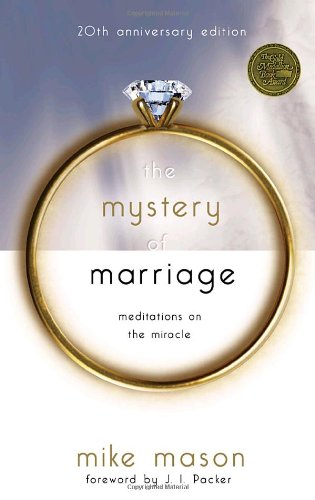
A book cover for The Mystery of Marriage 20th Anniversary Edition: Meditations on the Miracle; Mike Mason; Politics & Social Sciences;